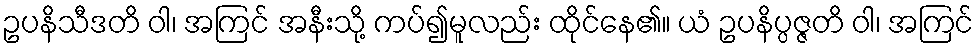
ဥပနိသီဒတိ ဝါ၊ အကြင် အနီးသို့ ကပ်၍မူလည်း ထိုင်နေ၏။ ယံ ဥပနိပ္ပဇ္ဇတိ ဝါ၊ အကြင်